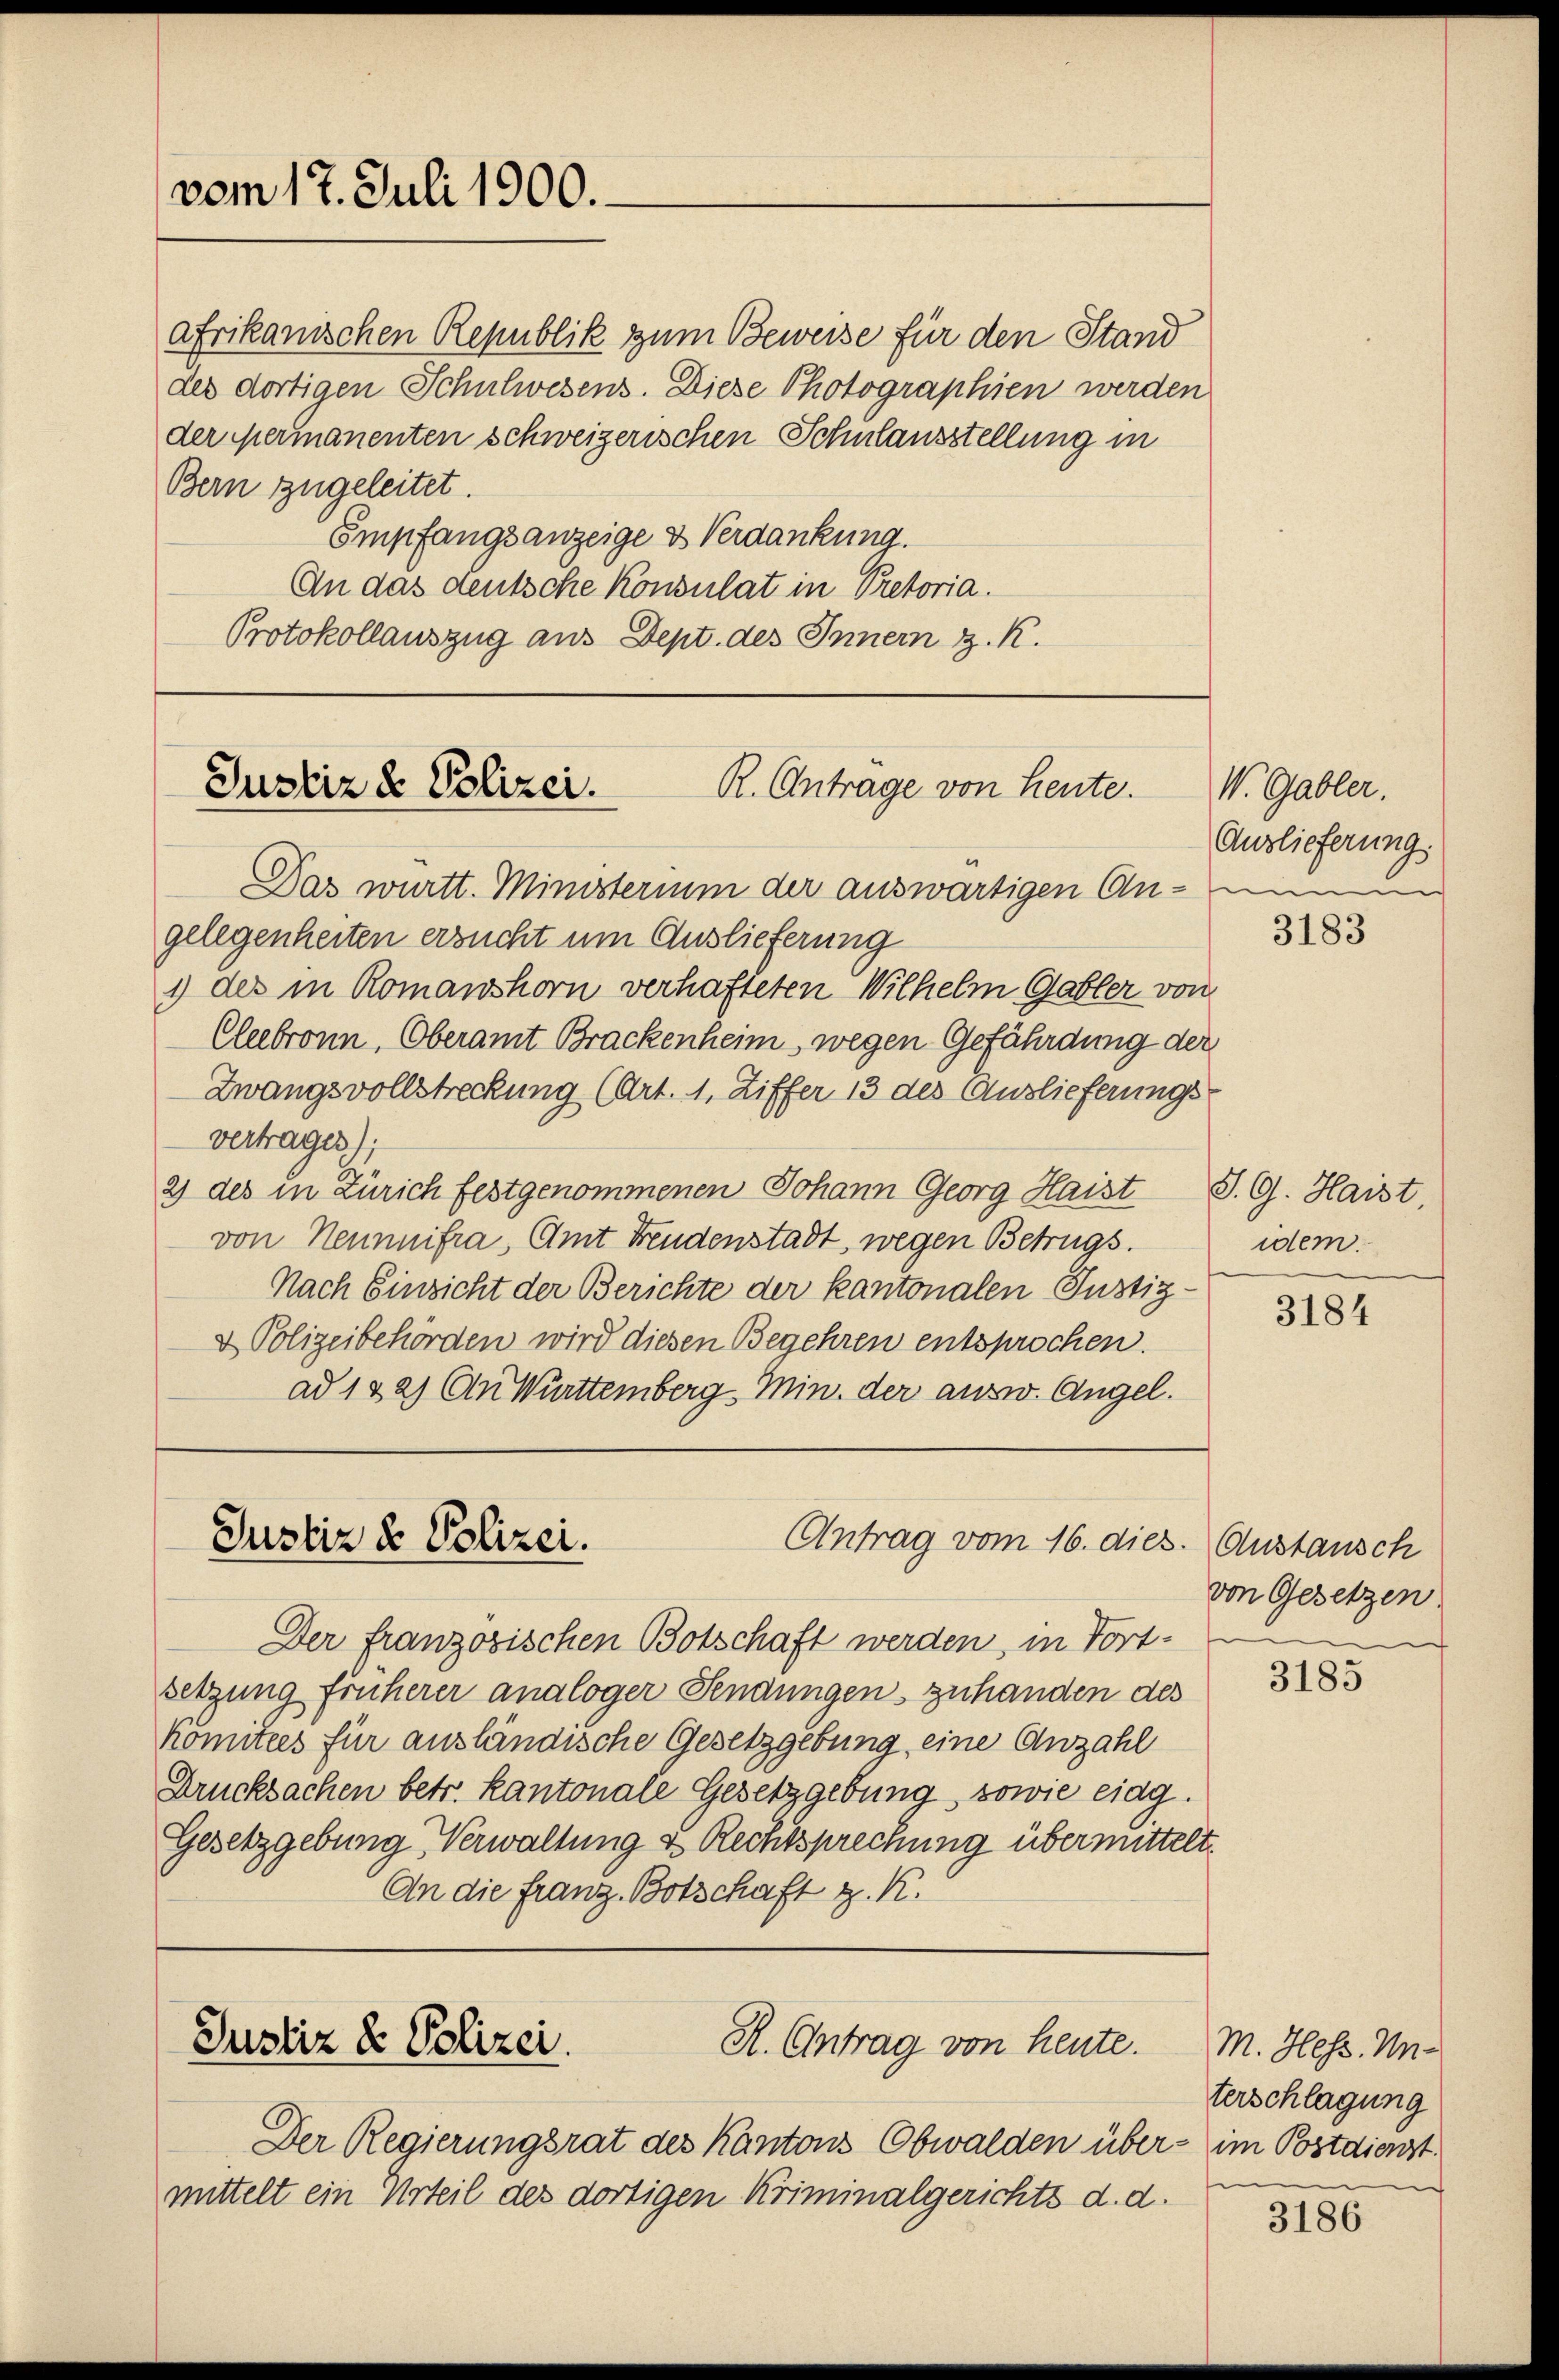
vom 17. Juli 1900.

afrikanischen Republik zum Beweise für den Stand
des dortigen Schulwesens. Diese Photographien werden
der Mermanenten schweizerischen Schulausstellung in
Bern zugeleitet.
Empfangsanzeige & Verdankung.
An das deutsche Konsulat in Pretoria.
Protokollauszug aus Dept. des Innern z. K.

R. Anträge von Heute.
Justiz & Polizei.

Das württ. Ministerium der auswärtigen Angelegenheiten ersucht um Auslieferung
1 des in Romanshorn verhafteten Wilhelm Gabler von
Cleebronn, Oberamt Brackenheim, wegen Gefährdung der
Zwangsvollstreckung (Art. 1. Ziffer 13 des Auslieferungs
vertrages);
2) des in Zürich festgenommenen Johann Georg Haist S. G. Haist
von Neunnifra, Amt Freudenstadt, wegen Betrugs.
Nach Einsicht der Berichte der kantonalen Justiz-
& Polizeibehörden wird diesen Begehren entsprochen.
ad 122) An Württemberg Min. der ausw. Angel.

Justiz & Polizei.
Antrag vom 16. dies. Austansch

Justiz & Polizei.
R. Antrag von heute.

Der französischen Botschaft werden, in Fort-
setzung früherer analoger Sendungen zuhanden des
komitees für ausländische Gesetzgebung eine Anzahl
Drucksachen betr. Kantonale Gesetzgebung, sowie eidg.
Gesetzgebung Verwaltung & Rechtsprechung übermittelt.
An die Franz Botschaft z. K.

Der Regierungsrat des Kantons Obwalden über-
mittelt ein Urteil des dortigen Kriminalgerichts d. d.

V. Gabler.
Auslieferung.
nun

3183

idem.

3184

von Gesetzen

3185

M. Hess. M.
terschlagung
im Postdienst.

3186